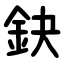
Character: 鈌